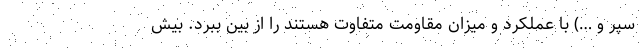
سپر و …) با عملکرد و میزان مقاومت متفاوت هستند را از بین ببرد. بیش